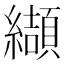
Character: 纈